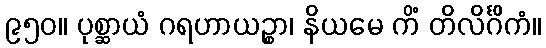
၉၅၀။ ပုစ္ဆာယံ ဂရဟာယဉ္စာ၊ နိယမေ ကိံ တိလိင်္ဂိကံ။